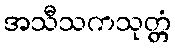
အသီသကသုတ္တံ